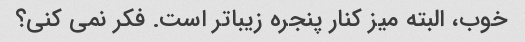
خوب، البته میز کنار پنجره زیباتر است. فکر نمی کنی؟